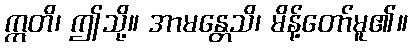
ဣတိ၊ ဤသို့။ အာမန္တေသိ၊ မိန့်တော်မူ၏။